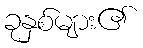
ခုနှစ်များ၏